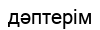
дәптерім